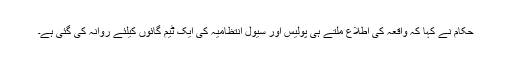
حکام نے کہا کہ واقعہ کی اطلاع ملتے ہی پولیس اور سیول انتظامیہ کی ایک ٹیم گائوں کیلئے روانہ کی گئی ہے۔